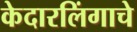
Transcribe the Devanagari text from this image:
केदारलिंगाचे